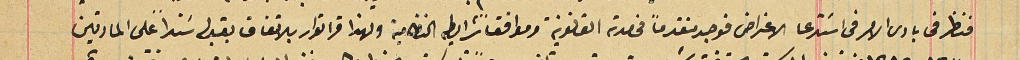
فنظر فى بادئ الامر فى استدعا الاعتراض فوجد متقدماً فى مدته القانونية وموافقًا شرايط النظامية ولهذا قر القرار بالاتفاق بقبوله سَنداً على المادتين